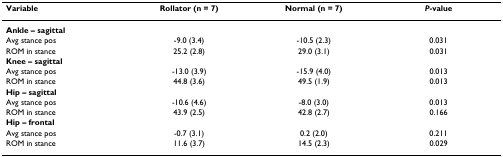
| Variable | Rollator (n = 7) | Normal (n = 7) | P-value |
 | --- | --- | --- | --- |
 | <COLSPAN=4> Ankle – sagittal |
 | Avg stance pos | -9.0 (3.4) | -10.5 (2.3) | 0.031 |
 | ROM in stance | 25.2 (2.8) | 29.0 (3.1) | 0.031 |
 | <COLSPAN=4> Knee – sagittal |
 | Avg stance pos | -13.0 (3.9) | -15.9 (4.0) | 0.013 |
 | ROM in stance | 44.8 (3.6) | 49.5 (1.9) | 0.013 |
 | <COLSPAN=4> Hip – sagittal |
 | Avg stance pos | -10.6 (4.6) | -8.0 (3.0) | 0.013 |
 | ROM in stance | 43.9 (2.5) | 42.8 (2.7) | 0.166 |
 | <COLSPAN=4> Hip – frontal |
 | Avg stance pos | -0.7 (3.1) | 0.2 (2.0) | 0.211 |
 | ROM in stance | 11.6 (3.7) | 14.5 (2.3) | 0.029 |